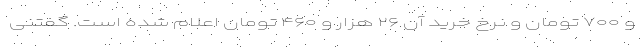
و ۷۰۰ تومان و نرخ خرید آن ۲۶ هزار و ۴۶۰ تومان اعلام شده است. گفتنی